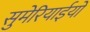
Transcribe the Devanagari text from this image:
सुमेरियाईयों